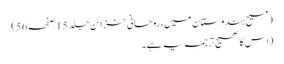
(مسیح ہندوستان میں، روحانی خزائن جلد 15 صفحہ 56)
(اس کا صحیح ترجمہ یہ ہے۔